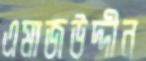
এমাজউদ্দীন